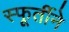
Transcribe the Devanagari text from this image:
स्फूर्तीने